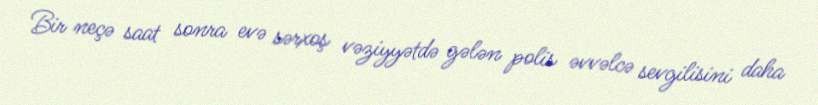
Bir neçə saat sonra evə sərxoş vəziyyətdə gələn polis əvvəlcə sevgilisini daha